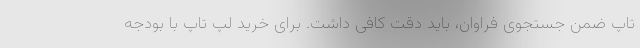
تاپ ضمن جستجوی فراوان، باید دقت کافی داشت. برای خرید لپ تاپ با بودجه